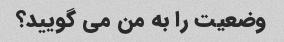
وضعیت را به من می گویید؟